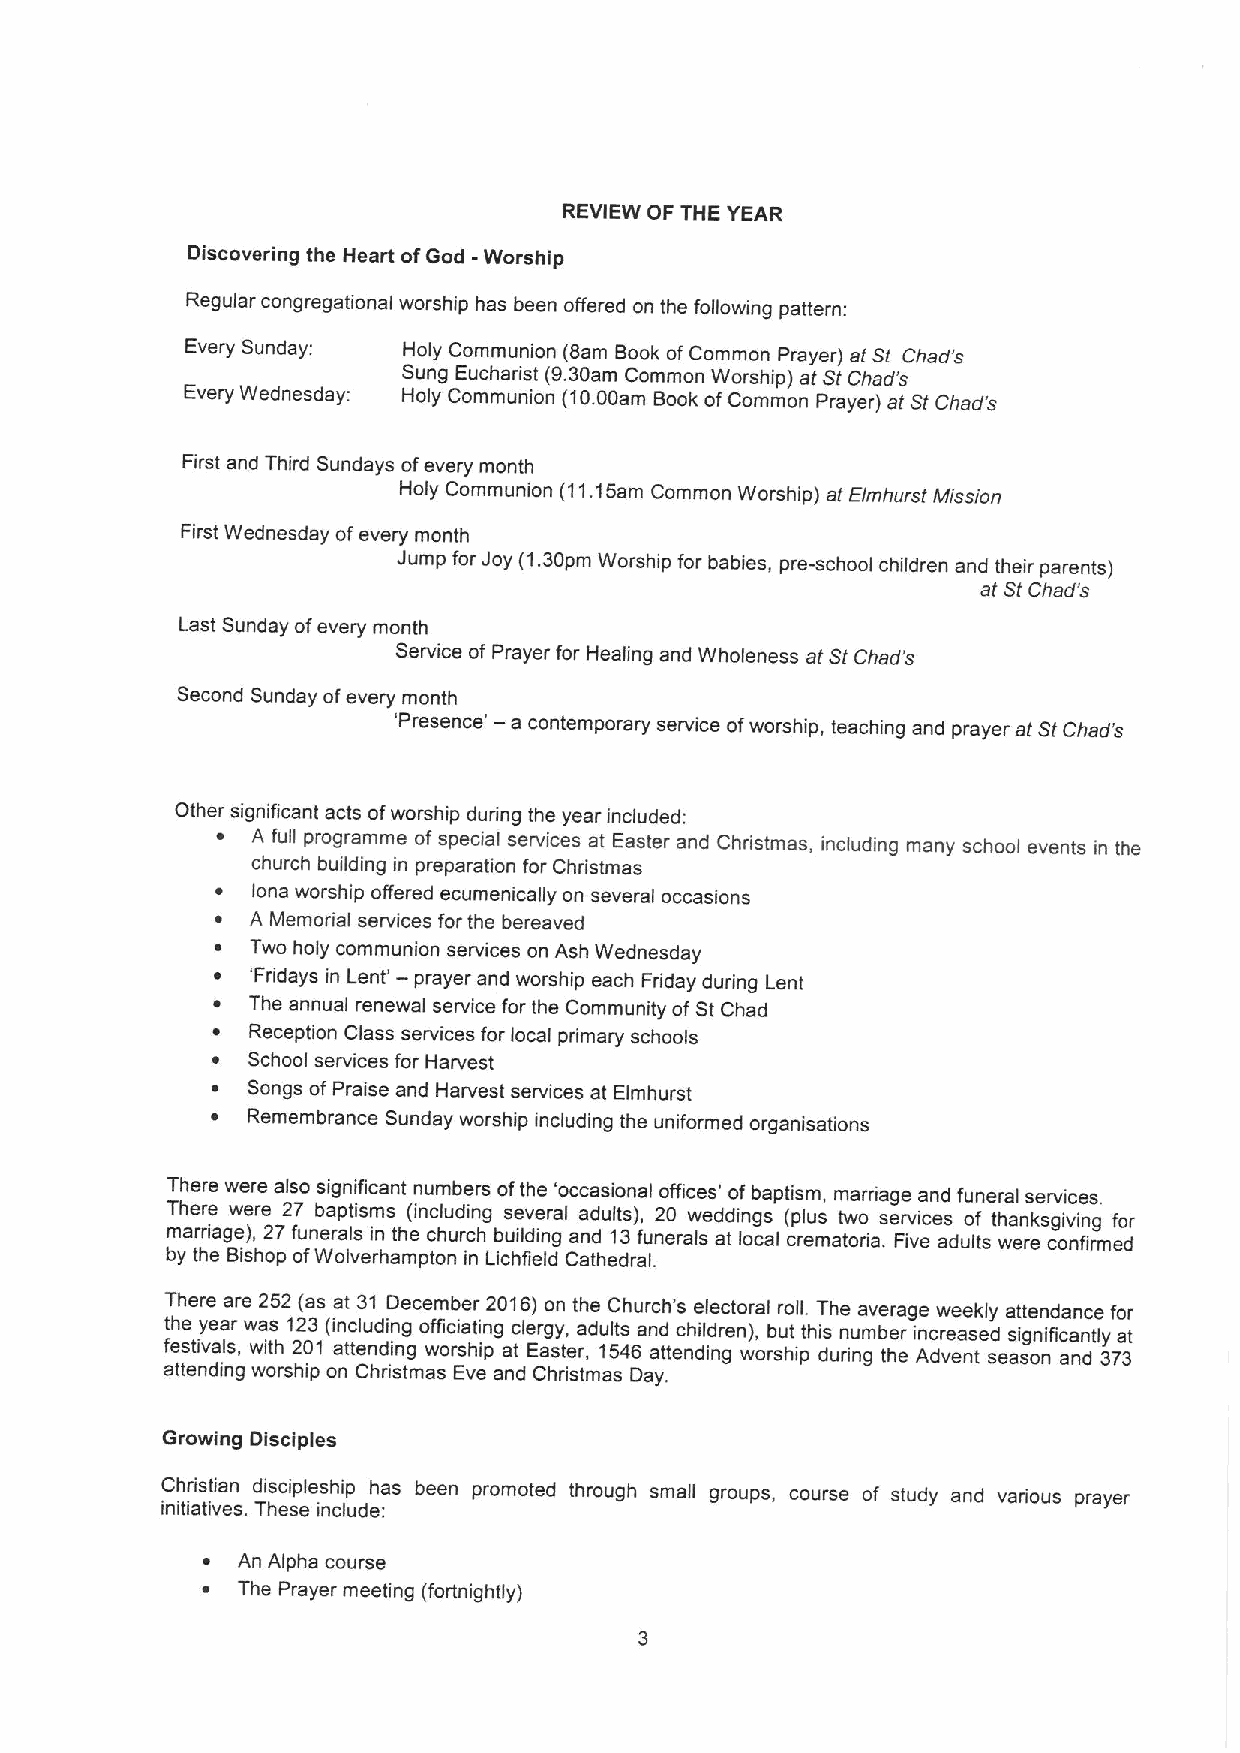
REVIEW OF THE YEAR
 Discovering the Heart ofGod -Worship
 Regular congregational worship has been offered on the following pattern:
 Every Sunday:  Holy Communion (8am Book ofCommon Prayer) at St Chad's
 Sung Eucharist (9.30am Common Worship) at StChad's
 Every Wednesday: Holy Communion (10.00am Book ofCommon Prayer) at St Chad's
 First and Third Sundays ofevery month
 Holy Communion (11.15am Common Worship) at Eimhurst Mission
 First Wednesday ofevery month
 Jump for Joy (1.30pm Worship for babies, pre-school children and their parents)
 at St Chad's
 Last Sunday ofevery month
 Service of Prayer for Healing and Wholeness at StChad's
 Second Sunday ofevery month
 'Presence' —a contemporary service ofworship, teaching and prayer at StChad's
 Other significant acts ofworship during the year included:
 A full programme ofspecial services at Easter and Christmas, including many school events in the
 church building in preparation for Christmas
 iona worship offered ecumenically on several occasions
 A Memorial services for the bereaved
 Two holy communion services on Ash Wednesday
 'Fridays in Lent' — prayer and worship each Friday during Lent
 The annual renewal service for the Community of St Chad
 Reception Class services for local primary schools
 School services for Harvest
 Songs of Praise and Harvest services at Elmhurst
 Remembrance Sunday worship including the uniformed organisations
 There were also significant numbers ofthe 'occasional offices' ofbaptism, marriage and funeral services.
 There were 27 baptisms (including several adults), 20 weddings (plus two services of thanksgiving for
 marriage), 27funerals in the church building and 13funerals at local crematoria. Five adults were confirmed
 by the Bishop ofWolverhampton in Lichfield CathedraL
 There are 252 (as at 31 December 2016)on the Church's electoral roll. The average weekly attendance for
 the year was 123(including officiating clergy, adults and children), but this number increased significantly at
 festivals, with 201 attending worship at Easter, 1546 attending worship during the Advent season and 373
 attending worship on Christmas Eve and Christmas Day.
 Growing Disciples
 Christian discipleship has been promoted through small groups, course of study and various prayer
 initiatives. These include:
 ~  An Alpha course
 ~  The Prayer meeting (fortnightly)